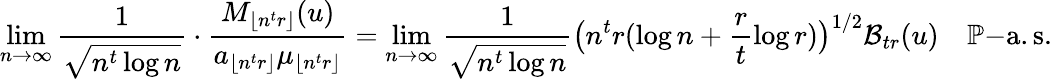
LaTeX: \operatorname*{lim}_{n\to\infty}\frac{1}{\sqrt{n^{t}\log n}}\cdot\frac{M_{\lfloor n^{t}r\rfloor}(u)}{a_{\lfloor n^{t}r\rfloor}\mu_{\lfloor n^{t}r\rfloor}}=\operatorname*{lim}_{n\to\infty}\frac{1}{\sqrt{n^{t}\log n}}\big(n^{t}r(\log n+\frac{r}{t}\log r)\big)^{1/2}\mathcal{B}_{tr}(u)\quad\mathbb{P}\mathrm{-a.s.}